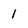
Character: 1